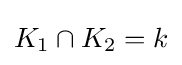
K_{1}\cap K_{2}=k